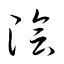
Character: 陰